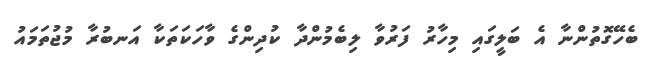
ބެހޭގޮތުންނާ އެ ބަލީގައި މިހާރު ފަރުވާ ލިބެމުންދާ ކުދިންގެ ވާހަކަތަކާ އަނބުރާ މުޖުތަމައު